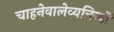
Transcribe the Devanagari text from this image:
चाहनेवालेव्यक्तियों